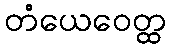
တံယေဝေတ္ထ